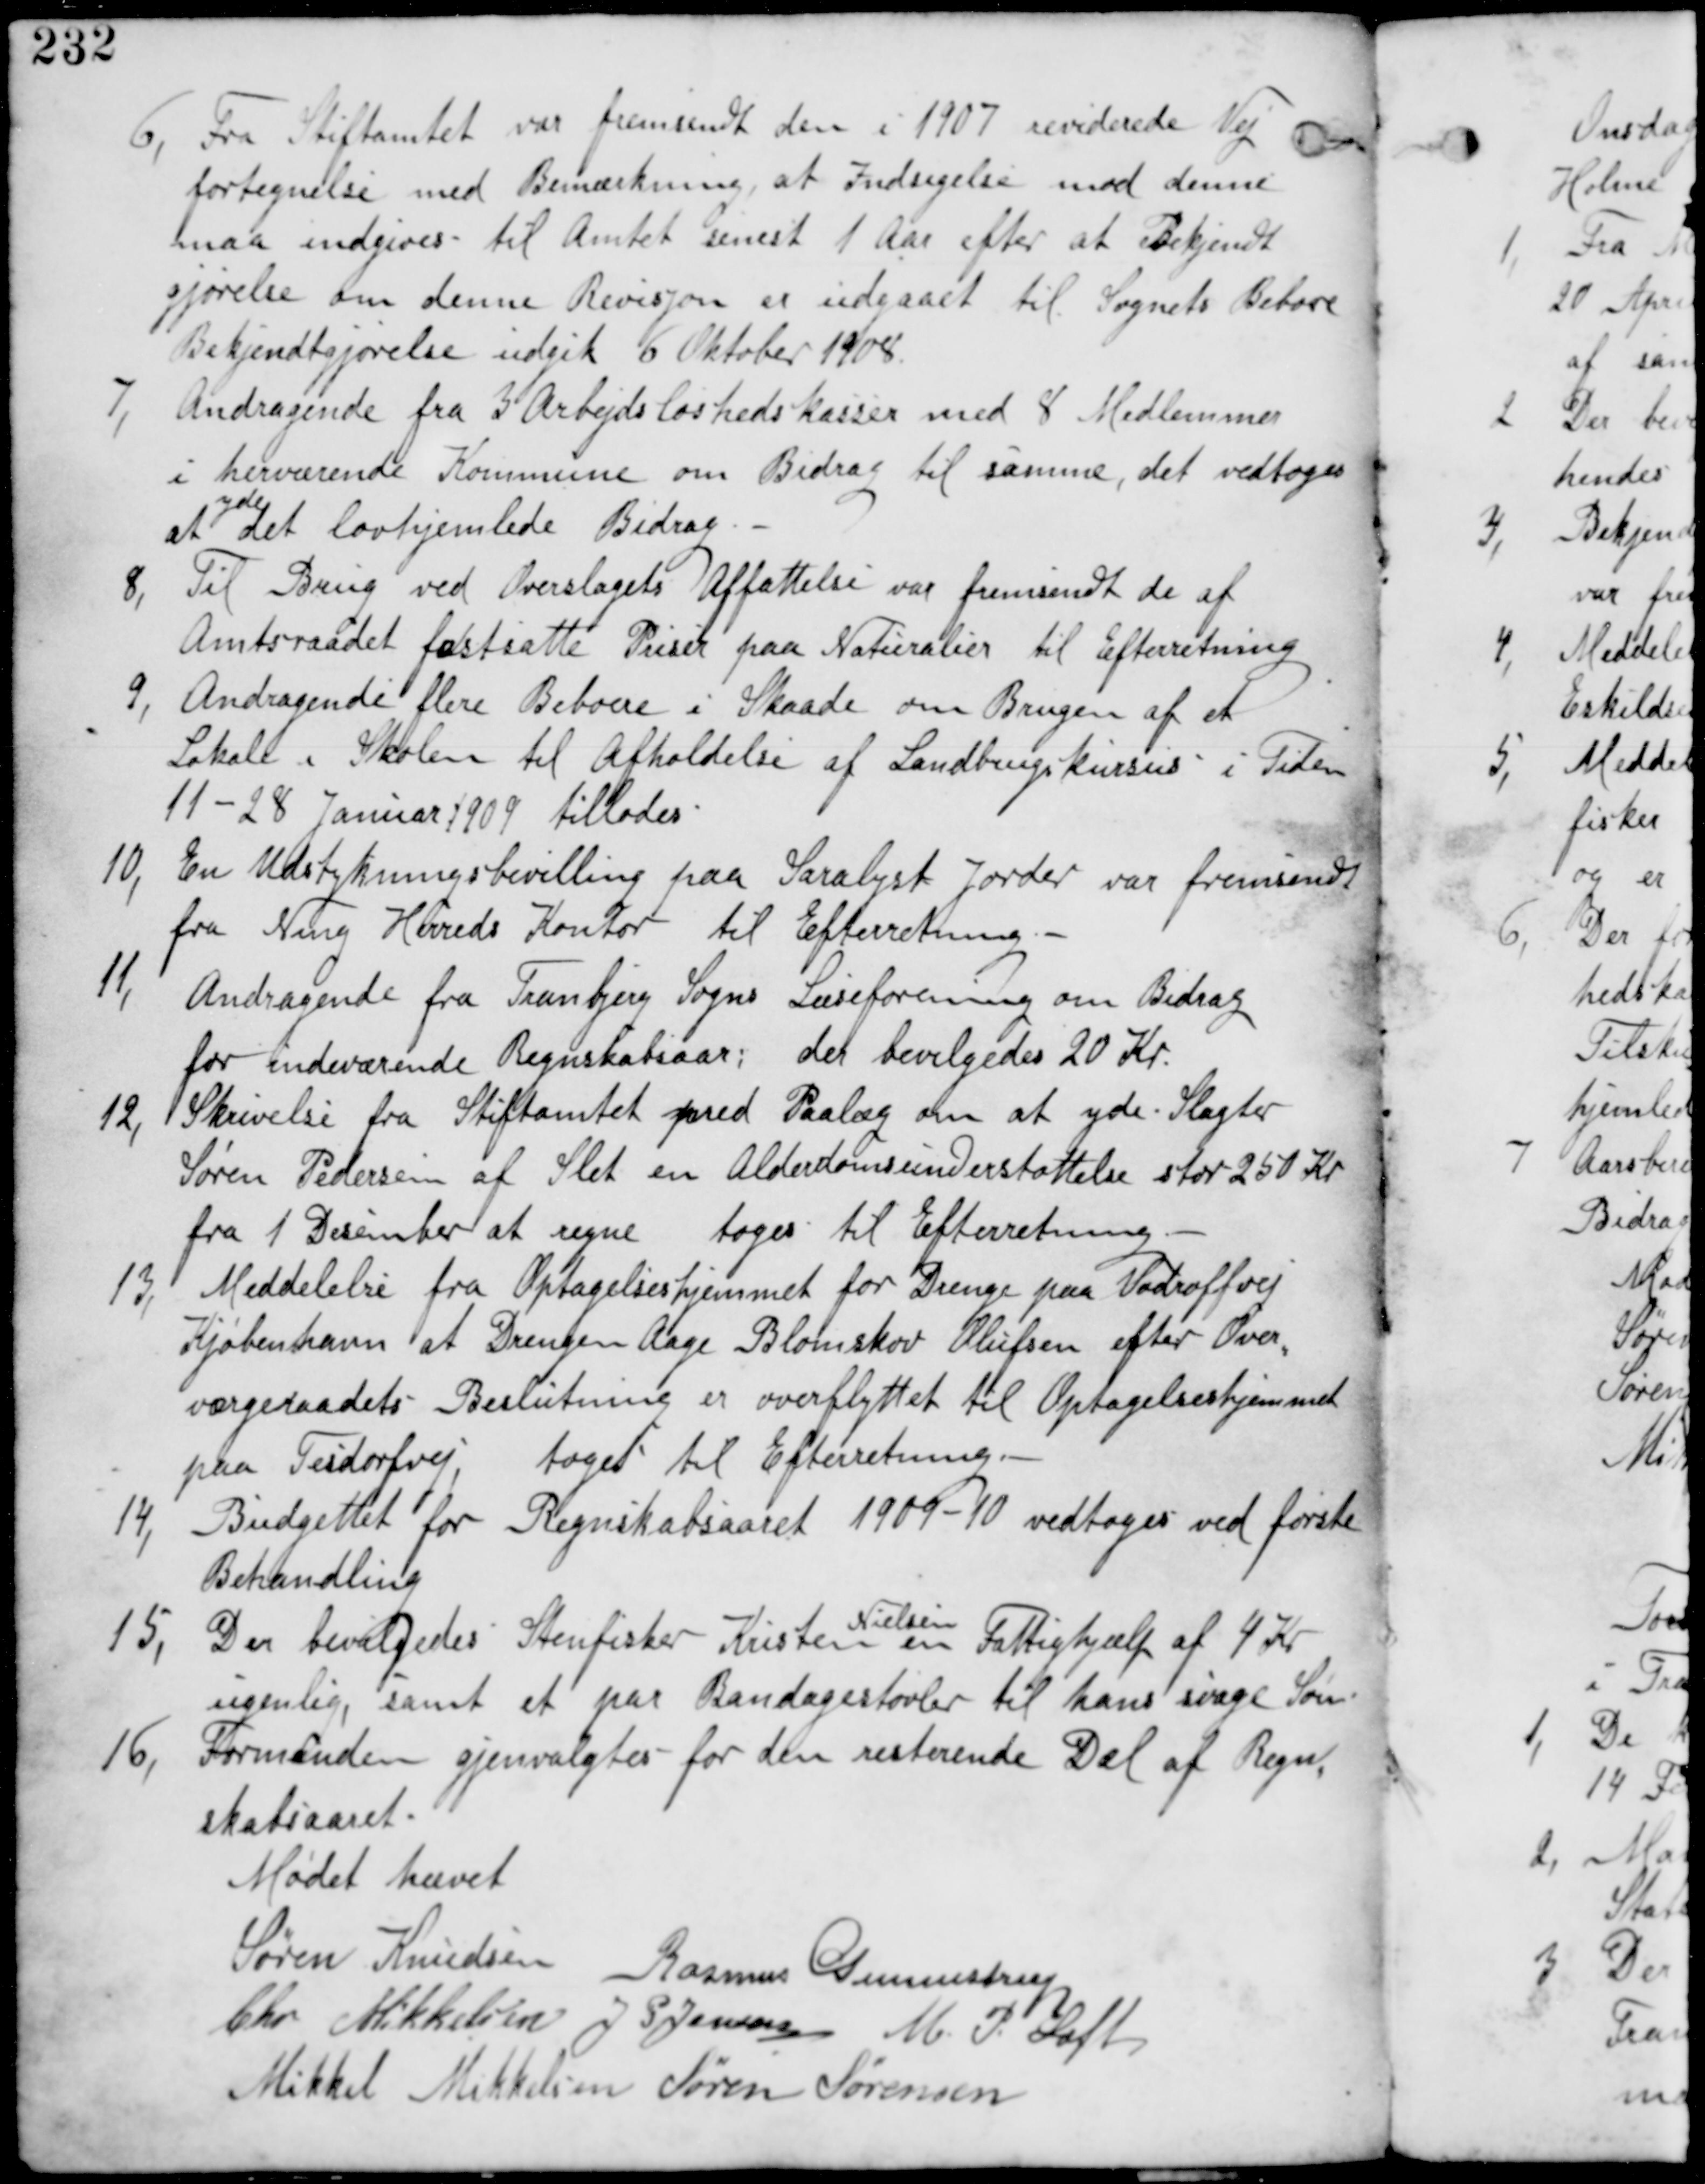
Transskription:
6, Fra Stiftamtet var fremsendt den i 1907 reviderede Vej
fortegnelse med Bemærkning, at Indsigelse mod denne
maa indgives til Amtet senest 1 Aar efter at Bekjendt
gjørelse om denne Revisjon er udgaaet til Sognets Beboere
Bekjendtgjørelse udgik 6 Oktober 1908.

7,
Andragende fra 3 Arbejdsløshedskasser med 8 Medlemmer
i herværende Kommune om Bidrag til samme, det vedtages
at
yde
det lovhjemlede Bidrag.

8, Til Brug ved Overslagets Affattelse var fremsendt de af
Amtsraadet fastsatte Priser på Naturalier til Efterretning

9, Andragende flere Beboere i Skaade om Brugen af et
Lokale i Skolen til Afholdelse af Landbrugskursus i Tiden
11-28 Januar 1909 tillades.

10, En Udstykningsbevilling paa Saralyst Jorder var fremsendt
fra Ning Herreds Kontor til Efterretning.-

11,
Andragende fra Tranbjerg Sogns Læseforening om Bidrag
for indeværende Regnskabsaar: der bevilgedes 20 Kr.

12, Skrivelse fra Stiftamtet med Paalæg om at yde Slagter
Søren Pedersen af Slet en Alderdomsudnderstøttelse stor 250 Kr
fra 1 Desember at regne tages til Efterretning.-

13, Meddelelse fra Optagelseshjemmet for Drenge paa Vodroffsvej
Kjøbenhavn at Drengen Aage Blomskov Olufsen efter Over
værgeraadets Beslutning er overflyttet til Optagelseshjemmet
paa Tesdorfvej, taget til Efterretning.

14, Budgettet for Regnskabsaaret 1909-10 vedtages ved første
Behandling.

15,
Der bevilgedes Stenfisker Kristen
Nielsen
Fattighjælp af 4 Kr
ugentlig, samt et par Bandagestøvler til hans svage Søn.

16,
Formanden Gjenvalgtes for den resterende Del af Regn
skabsaaret.

Mødet hævet
Søren Knudsen Rasmus Gunnestrup
Chr Mikkelsen J S Jensen M P Loft
Mikkel Mikkelsen Søren Sørensen